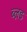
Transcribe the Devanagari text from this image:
ब्ल़ड